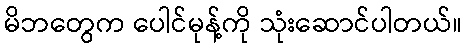
မိဘတွေက ပေါင်မုန့်ကို သုံးဆောင်ပါတယ်။